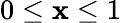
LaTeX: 0\leq\mathbf{x}\leq1